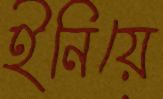
ইনিয়ে